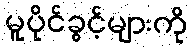
မူပိုင်ခွင့်များကို